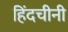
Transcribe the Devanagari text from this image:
हिंदचीनी